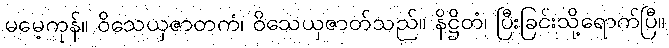
မမေ့ကုန်။ ဝိသေယှဇာတကံ၊ ဝိသေယှဇာတ်သည်။ နိဋ္ဌိတံ၊ ပြီးခြင်းသို့ရောက်ပြီ။